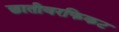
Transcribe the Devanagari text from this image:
छातीवरफिकट